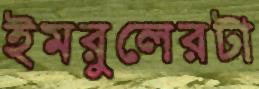
ইমরুলেরটা